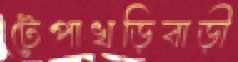
টেপাখড়িবাড়ী